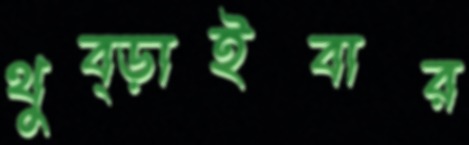
থুব্‌ড়াইবার